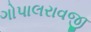
ગોપાલરાવજી